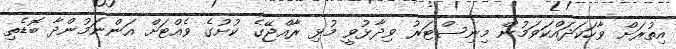
އިތުރަށް ވާހަކަދައްކަވަމުން މިނިސްޓަރު ވިދާޅުވީ މުޅި ރާއްޖޭގެ ކުށުގެ ވެއްޓަށް އަންނަމުންދާ ބޮޑެތި